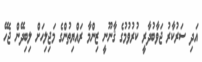
އަދި ސަރުކާރު ޖަވާބުދާރީ ކުރުވުމުގެ ޤާނޫނީ ޒިންމާ ރައްޔިތުންގެ މަޖިލިހަށް ލިބިދޭން ޖެހޭ